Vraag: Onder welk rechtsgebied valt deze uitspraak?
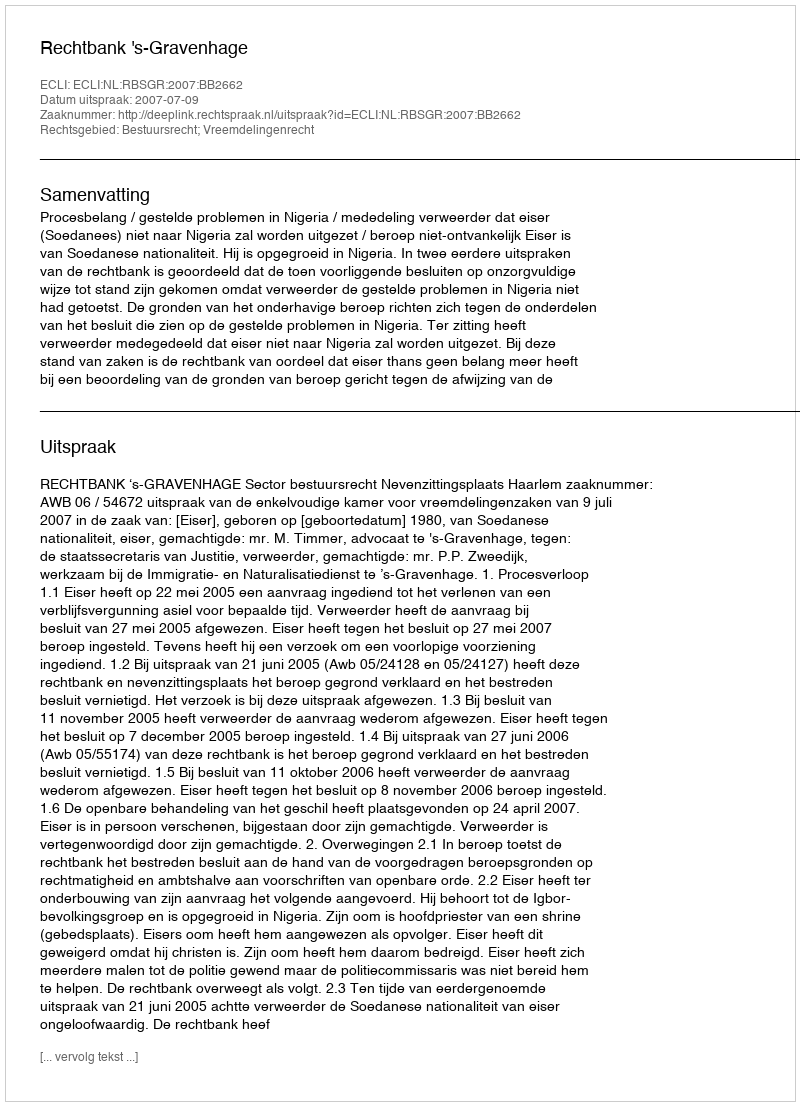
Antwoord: Bestuursrecht; Vreemdelingenrecht